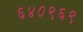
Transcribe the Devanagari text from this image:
६४०९६९